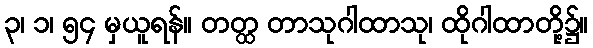
၃၊ ၁၊ ၅၄ မှယူရန်။ တတ္ထ တာသုဂါထာသု၊ ထိုဂါထာတို့၌။